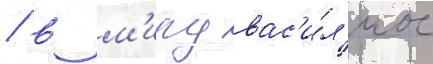
/ в м'иру вас'и́л'иос